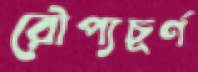
রৌপ্যচূর্ণ